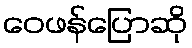
ဝေဖန်ပြောဆို